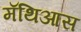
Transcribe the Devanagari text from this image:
मॅथिआस